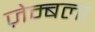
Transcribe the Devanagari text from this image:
ज़ेम्बला